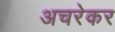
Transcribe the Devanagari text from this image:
अचरेकर